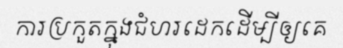
ការប្រកួតក្នុងជំហរដេកដើម្បីឲ្យគេ